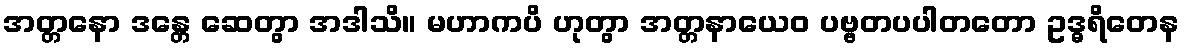
အတ္တနော ဒန္တေ ဆေတွာ အဒါသိ။ မဟာကပိ ဟုတွာ အတ္တနာယေဝ ပဗ္ဗတပပါတတော ဥဒ္ဓရိတေန